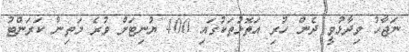
ނަޖާހު ވިދާޅުވީ ދެން ހުރި އަތޮޅުތަކުގައި 400 ޔުނިޓަށް ވުރެ މަތިން ކަރަންޓު